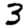
Digit: 3